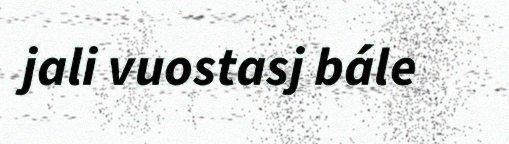
jali vuostasj bále